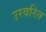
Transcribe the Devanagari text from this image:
उरवरित